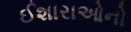
ઈશારાઓનો